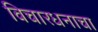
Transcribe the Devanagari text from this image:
विचारधनाचा